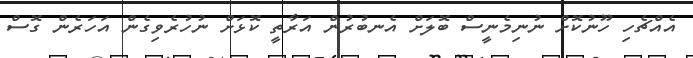
އެއްޗެހި ހޫނުކޮށް ނުނިމެނީސް ބޮލަށް އެނބުރުން އަރާތީ ކޮޅަށް ނުހުރެވިގެން އަހަރެން ގޮސް